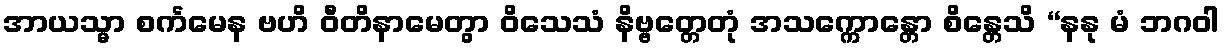
အာယသ္မာ စင်္ကမေန ဗဟိ ဝီတိနာမေတွာ ဝိသေသံ နိဗ္ဗတ္တေတုံ အသက္ကောန္တော စိန္တေသိ “နနု မံ ဘဂဝါ